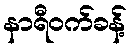
နာရီဝက်ခန့်